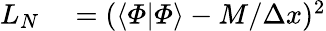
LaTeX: \begin{array}{rl}{L_{N}}&{{}=(\langle\varPhi|\varPhi\rangle-M/\Delta x)^{2}}\end{array}